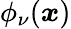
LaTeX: \phi_{\nu}(\boldsymbol{x})